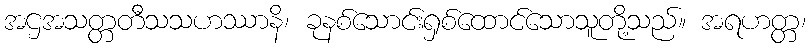
အဌအသတ္တတီသသဟဿာနိ၊ ခုနစ်သောင်းရှစ်ထောင်သောသူတို့သည်။ အရဟတ္တ၊